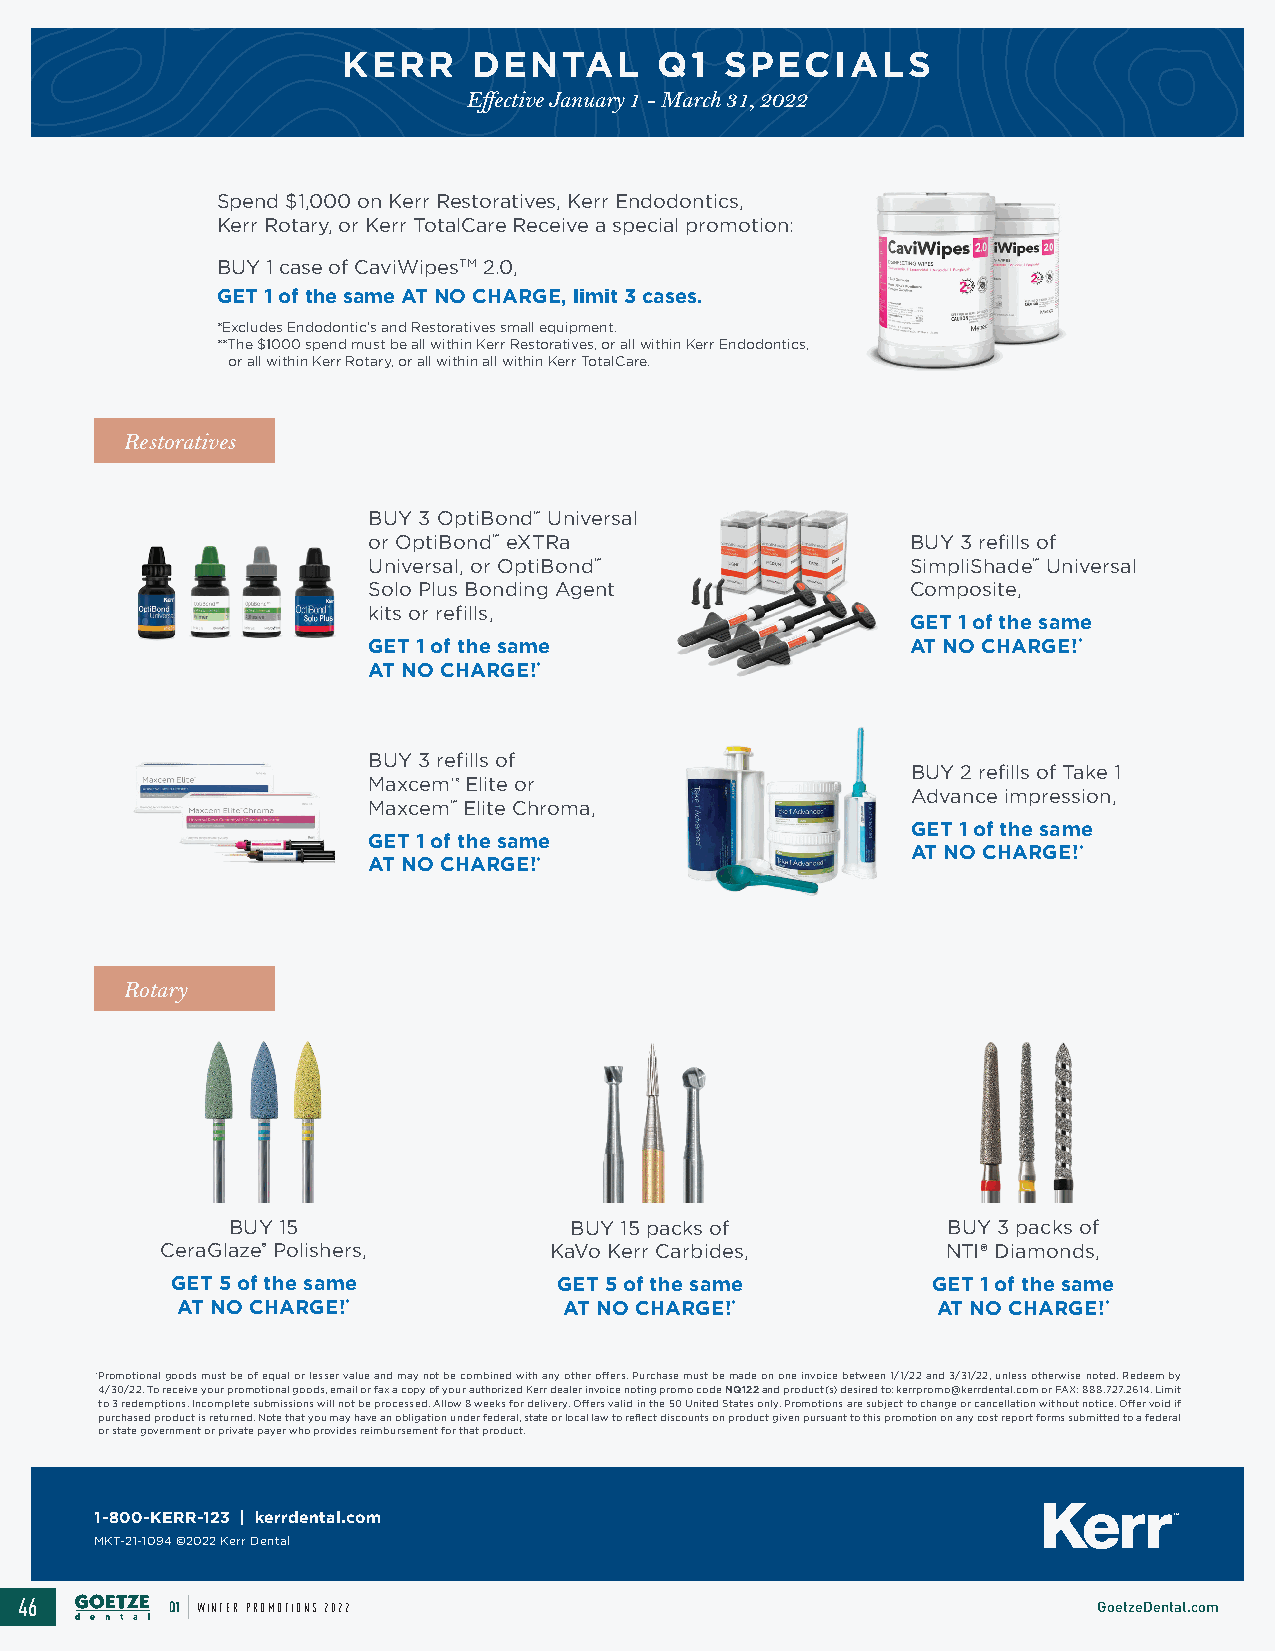
KERR    DENTAL       Q1  SPECIALS
 Effective January 1 - March 31, 2022
 Spend $1,000 on Kerr Restoratives, Kerr Endodontics,
 Kerr Rotary, or Kerr TotalCare Receive a special promotion:
 BUY 1 case of CaviWipesTM 2.0,
 GET 1 of the same AT NO CHARGE, limit 3 cases.
 *Excludes Endodontic’s and Restoratives small equipment.
 **The $1000 spend must be all within Kerr Restoratives, or all within Kerr Endodontics,
 or all within Kerr Rotary, or all within all within Kerr TotalCare.
 Restoratives
 BUY 3 OptiBond™ Universal
 or OptiBond™ eXTRa                 BUY 3 refills of
 Universal, or OptiBond™            SimpliShade™ Universal
 Solo Plus Bonding Agent            Composite,
 kits or refills,
 GET 1 of the same
 GET 1 of the same                  AT NO CHARGE!*
 AT NO CHARGE!*
 BUY 3 refills of
 BUY 2 refills of Take 1
 MaxcemTR Elite or
 Advance impression,
 Maxcem™ Elite Chroma,
 GET 1 of the same
 GET 1 of the same
 AT NO CHARGE!*
 AT NO CHARGE!*
 Rotary
 BUY 15                 BUY 15 packs of          BUY 3 packs of
 CeraGlaze® Polishers,     KaVo Kerr Carbides,       NTI® Diamonds,
 GET 5 of the same        GET 5 of the same        GET 1 of the same
 AT NO CHARGE!*            AT NO CHARGE!*          AT NO CHARGE!*
 *Promotional goods must be of equal or lesser value and may not be combined with any other offers. Purchase must be made on one invoice between 1/1/22 and 3/31/22, unless otherwise noted. Redeem by
 4/30/22. To receive your promotional goods, email or fax a copy of your authorized Kerr dealer invoice noting promo code NQ122 and product(s) desired to: kerrpromo@kerrdental.com or FAX: 888.727.2614. Limit
 to 3 redemptions. Incomplete submissions will not be processed. Allow 8 weeks for delivery. Offers valid in the 50 United States only. Promotions are subject to change or cancellation without notice. Offer void if
 purchased product is returned. Note that you may have an obligation under federal, state or local law to reflect discounts on product given pursuant to this promotion on any cost report forms submitted to a federal
 or state government or private payer who provides reimbursement for that product.
 1-810-800-0K-EKRERR-R12-312 3| k| e krredrerdnetanlt.aclo.cmom
 MKMT-K18T--2017-1140_9R4e ©v2 10 ©222 0K2e0rr KDeernr tDaelntal
 46        Q1 WINTER PROMOTIONS 2022                                     GoetzeDental.com